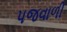
પજવાળી